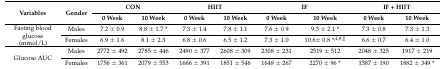
<table><thead><tr><td rowspan="2"><b>Variables</b></td><td rowspan="2"><b>Gender</b></td><td colspan="2"><b>CON</b></td><td colspan="2"><b>HIIT</b></td><td colspan="2"><b>IF</b></td><td colspan="2"><b>IF + HIIT</b></td></tr><tr><td><b>0 Week</b></td><td><b>10 Week</b></td><td><b>0 Week</b></td><td><b>10 Week</b></td><td><b>0 Week</b></td><td><b>10 Week</b></td><td><b>0 Week</b></td><td><b>10 Week</b></td></tr></thead><tbody><tr><td rowspan="2">Fasting blood glucose (mmol/L)</td><td>Males</td><td>7.2 ± 0.9</td><td>8.8 ± 1.7 *</td><td>7.3 ± 1.4</td><td>7.8 ± 1.1</td><td>7.6 ± 0.9</td><td>9.3 ± 2.1 *</td><td>7.3 ± 0.8</td><td>7.3 ± 1.3</td></tr><tr><td>Females</td><td>6.9 ± 1.6</td><td>8.1 ± 2.3</td><td>6.8 ± 0.6</td><td>6.5 ± 1.2</td><td>7.3 ± 1.0</td><td>10.6± 0.8 *<sup>,€,#,‡</sup></td><td>6.6 ± 0.7</td><td>6.4 ± 1.0</td></tr><tr><td rowspan="2">Glucose AUC</td><td>Males</td><td>2772 ± 492</td><td>2785 ± 446</td><td>2490 ± 377</td><td>2608 ± 309</td><td>2308 ± 231</td><td>2519 ± 512</td><td>2048 ± 325</td><td>1917 ± 219</td></tr><tr><td>Females</td><td>1756 ± 361</td><td>2079 ± 553</td><td>1666 ± 391</td><td>1851 ± 546</td><td>1648 ± 267</td><td>2270 ± 96 *</td><td>1387 ± 190</td><td>1882 ± 349 *</td></tr></tbody></table>